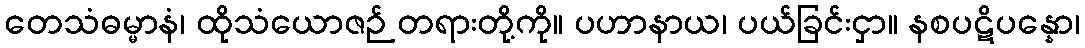
တေသံဓမ္မာနံ၊ ထိုသံယောဇဉ် တရားတို့ကို။ ပဟာနာယ၊ ပယ်ခြင်းငှာ။ နစပဋိပန္နော၊